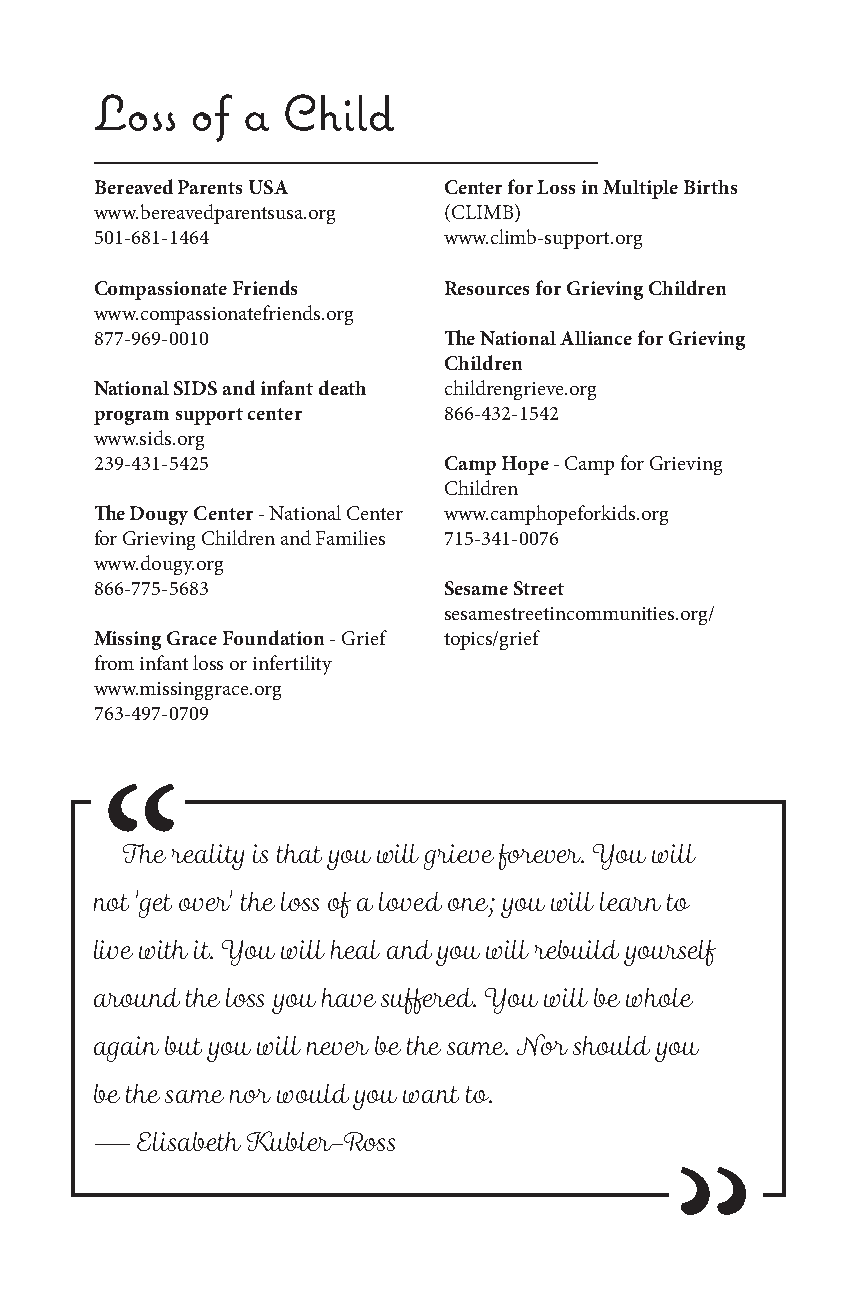
Loss   of a  Child
 Bereaved Parents USA   Center for Loss in Multiple Births
 www.bereavedparentsusa.org (CLIMB)
 501-681-1464           www.climb-support.org
 Compassionate Friends  Resources for Grieving Children
 www.compassionatefriends.org
 877-969-0010           The National Alliance for Grieving
 Children
 National SIDS and infant death childrengrieve.org
 program support center 866-432-1542
 www.sids.org
 239-431-5425           Camp Hope - Camp for Grieving
 Children
 The Dougy Center - National Center www.camphopeforkids.org
 for Grieving Children and Families 715-341-0076
 www.dougy.org
 866-775-5683           Sesame Street
 sesamestreetincommunities.org/
 Missing Grace Foundation - Grief topics/grief
 from infant loss or infertility
 www.missinggrace.org
 763-497-0709
 “
 The reality is that you will grieve forever. You will
 not 'get over' the loss of a loved one; you will learn to
 live with it. You will heal and you will rebuild yourself
 around the loss you have suffered. You will be whole
 again but you will never be the same. Nor should you
 be the same nor would you want to.
 —  Elisabeth Kubler-Ross
 “